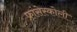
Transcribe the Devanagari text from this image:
फ्रांसेस्कोली